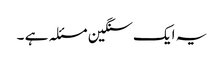
یہ ایک سنگین مسئلہ ہے ۔